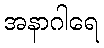
အနာဂါရေ